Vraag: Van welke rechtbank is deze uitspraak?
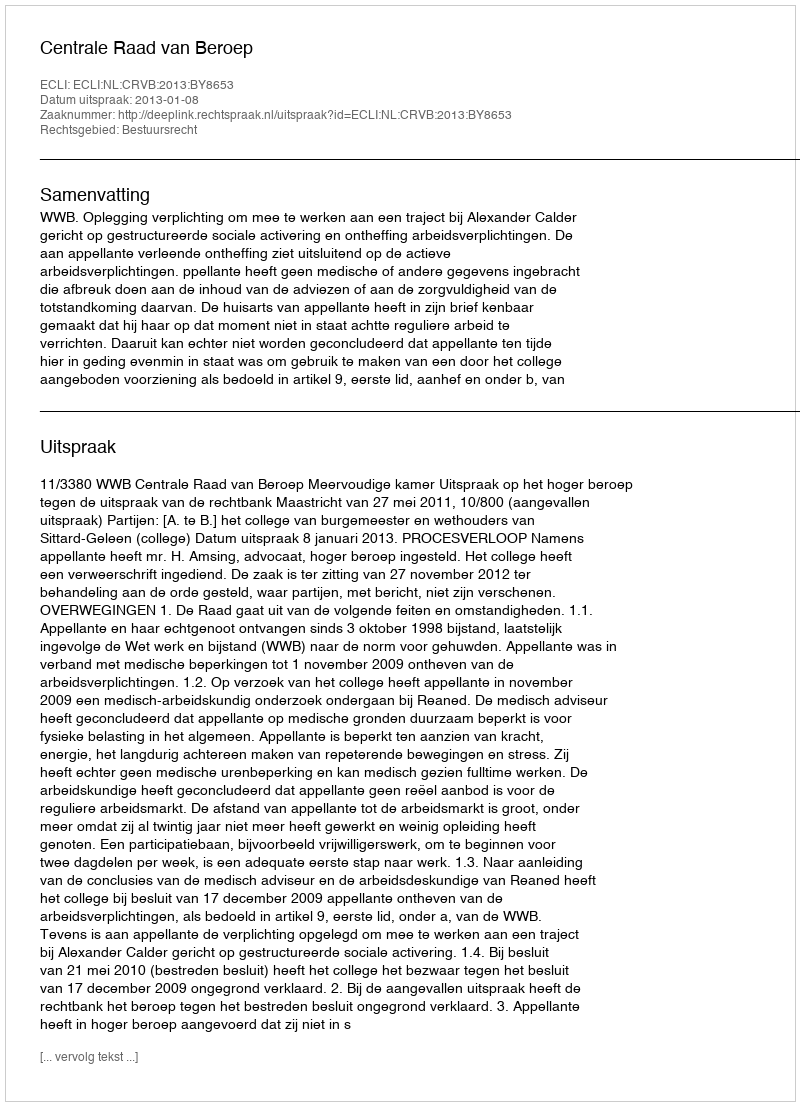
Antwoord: Centrale Raad van Beroep